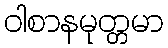
ဝါစာနမုတ္တမာ